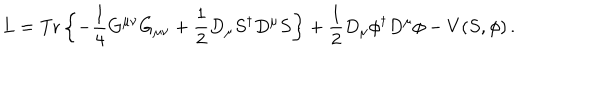
LaTeX: L = \mathrm { T r } \left\{ - \frac { 1 } { 4 } G ^ { \mu \nu } G _ { \mu \nu } + \frac { 1 } { 2 } D _ { \mu } S ^ { \dagger } D ^ { \mu } S \right\} + \frac { 1 } { 2 } D _ { \mu } \phi ^ { \dagger } D ^ { \mu } \phi - V ( S , \phi ) \, .